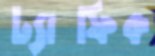
ট্যাফিক